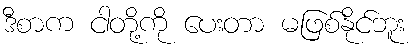
ဒီစာက ငါတို့ကို ပေးတာ မဖြစ်နိုင်ဘူး